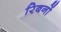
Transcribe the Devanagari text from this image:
रिबनों